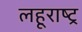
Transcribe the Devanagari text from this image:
लहूराष्ट्र